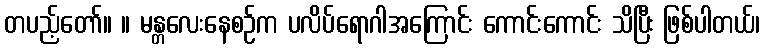
တပည့်တော်။ ။ မန္တလေးနေစဉ်က ပလိပ်ရောဂါအကြောင်း ကောင်းကောင်း သိပြီး ဖြစ်ပါတယ်၊